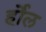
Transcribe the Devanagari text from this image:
र्होल